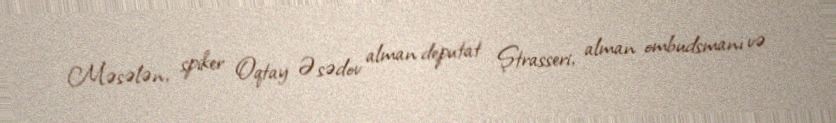
Məsələn, spiker Oqtay Əsədov alman deputat Ştrasseri, alman ombudsmanı və